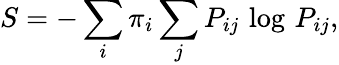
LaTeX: S=-\sum_{i}\pi_{i}\sum_{j}P_{ij}\, \log\, P_{ij},